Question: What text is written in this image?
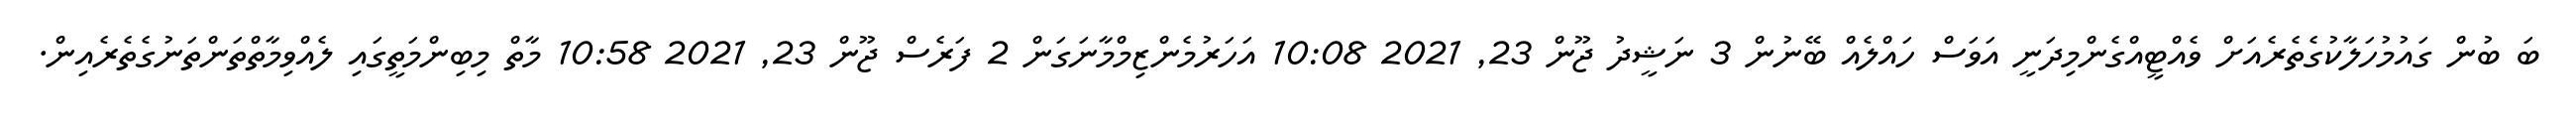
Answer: ބަ ބުން ގައުމުހަލާކުގެތެރެއަށް ވެއްޓީއްގެންމިދަނީ އަވަސް ހައްލެއް ބޭނުން 3 ނަޝީދު ޖޫން 23, 2021 10:08 އަހަރުމެންޒިމްމާނަގަން 2 ފަރެސް ޖޫން 23, 2021 10:58 މާތް މިބިންމަތީގައި ލެއްވިމާތްތަންތަނުގެތެރެއިން.